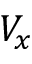
V _ { x }